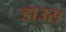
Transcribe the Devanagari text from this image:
डाउस